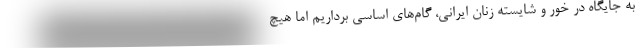
به جایگاه در خور و شایسته زنان ایرانی، گام‌های اساسی برداریم اما هیچ